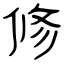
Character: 修